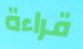
قراءة